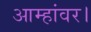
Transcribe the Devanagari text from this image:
आम्हांवर।